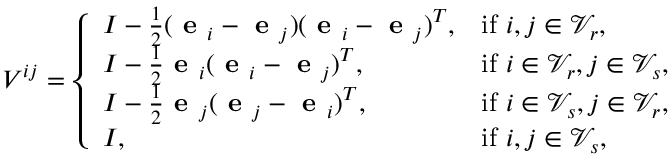
V ^ { i j } = \left\{ \begin{array} { l l } { I - \frac 1 2 ( \textbf { e } _ { i } - \textbf { e } _ { j } ) ( \textbf { e } _ { i } - \textbf { e } _ { j } ) ^ { T } , } & { \mathrm { i f ~ } i , j \in \mathcal { V } _ { r } , } \\ { I - \frac 1 2 \textbf { e } _ { i } ( \textbf { e } _ { i } - \textbf { e } _ { j } ) ^ { T } , } & { \mathrm { i f ~ } i \in \mathcal { V } _ { r } , j \in \mathcal { V } _ { s } , } \\ { I - \frac 1 2 \textbf { e } _ { j } ( \textbf { e } _ { j } - \textbf { e } _ { i } ) ^ { T } , } & { \mathrm { i f ~ } i \in \mathcal { V } _ { s } , j \in \mathcal { V } _ { r } , } \\ { I , } & { \mathrm { i f ~ } i , j \in \mathcal { V } _ { s } , } \end{array} \right.